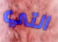
التي